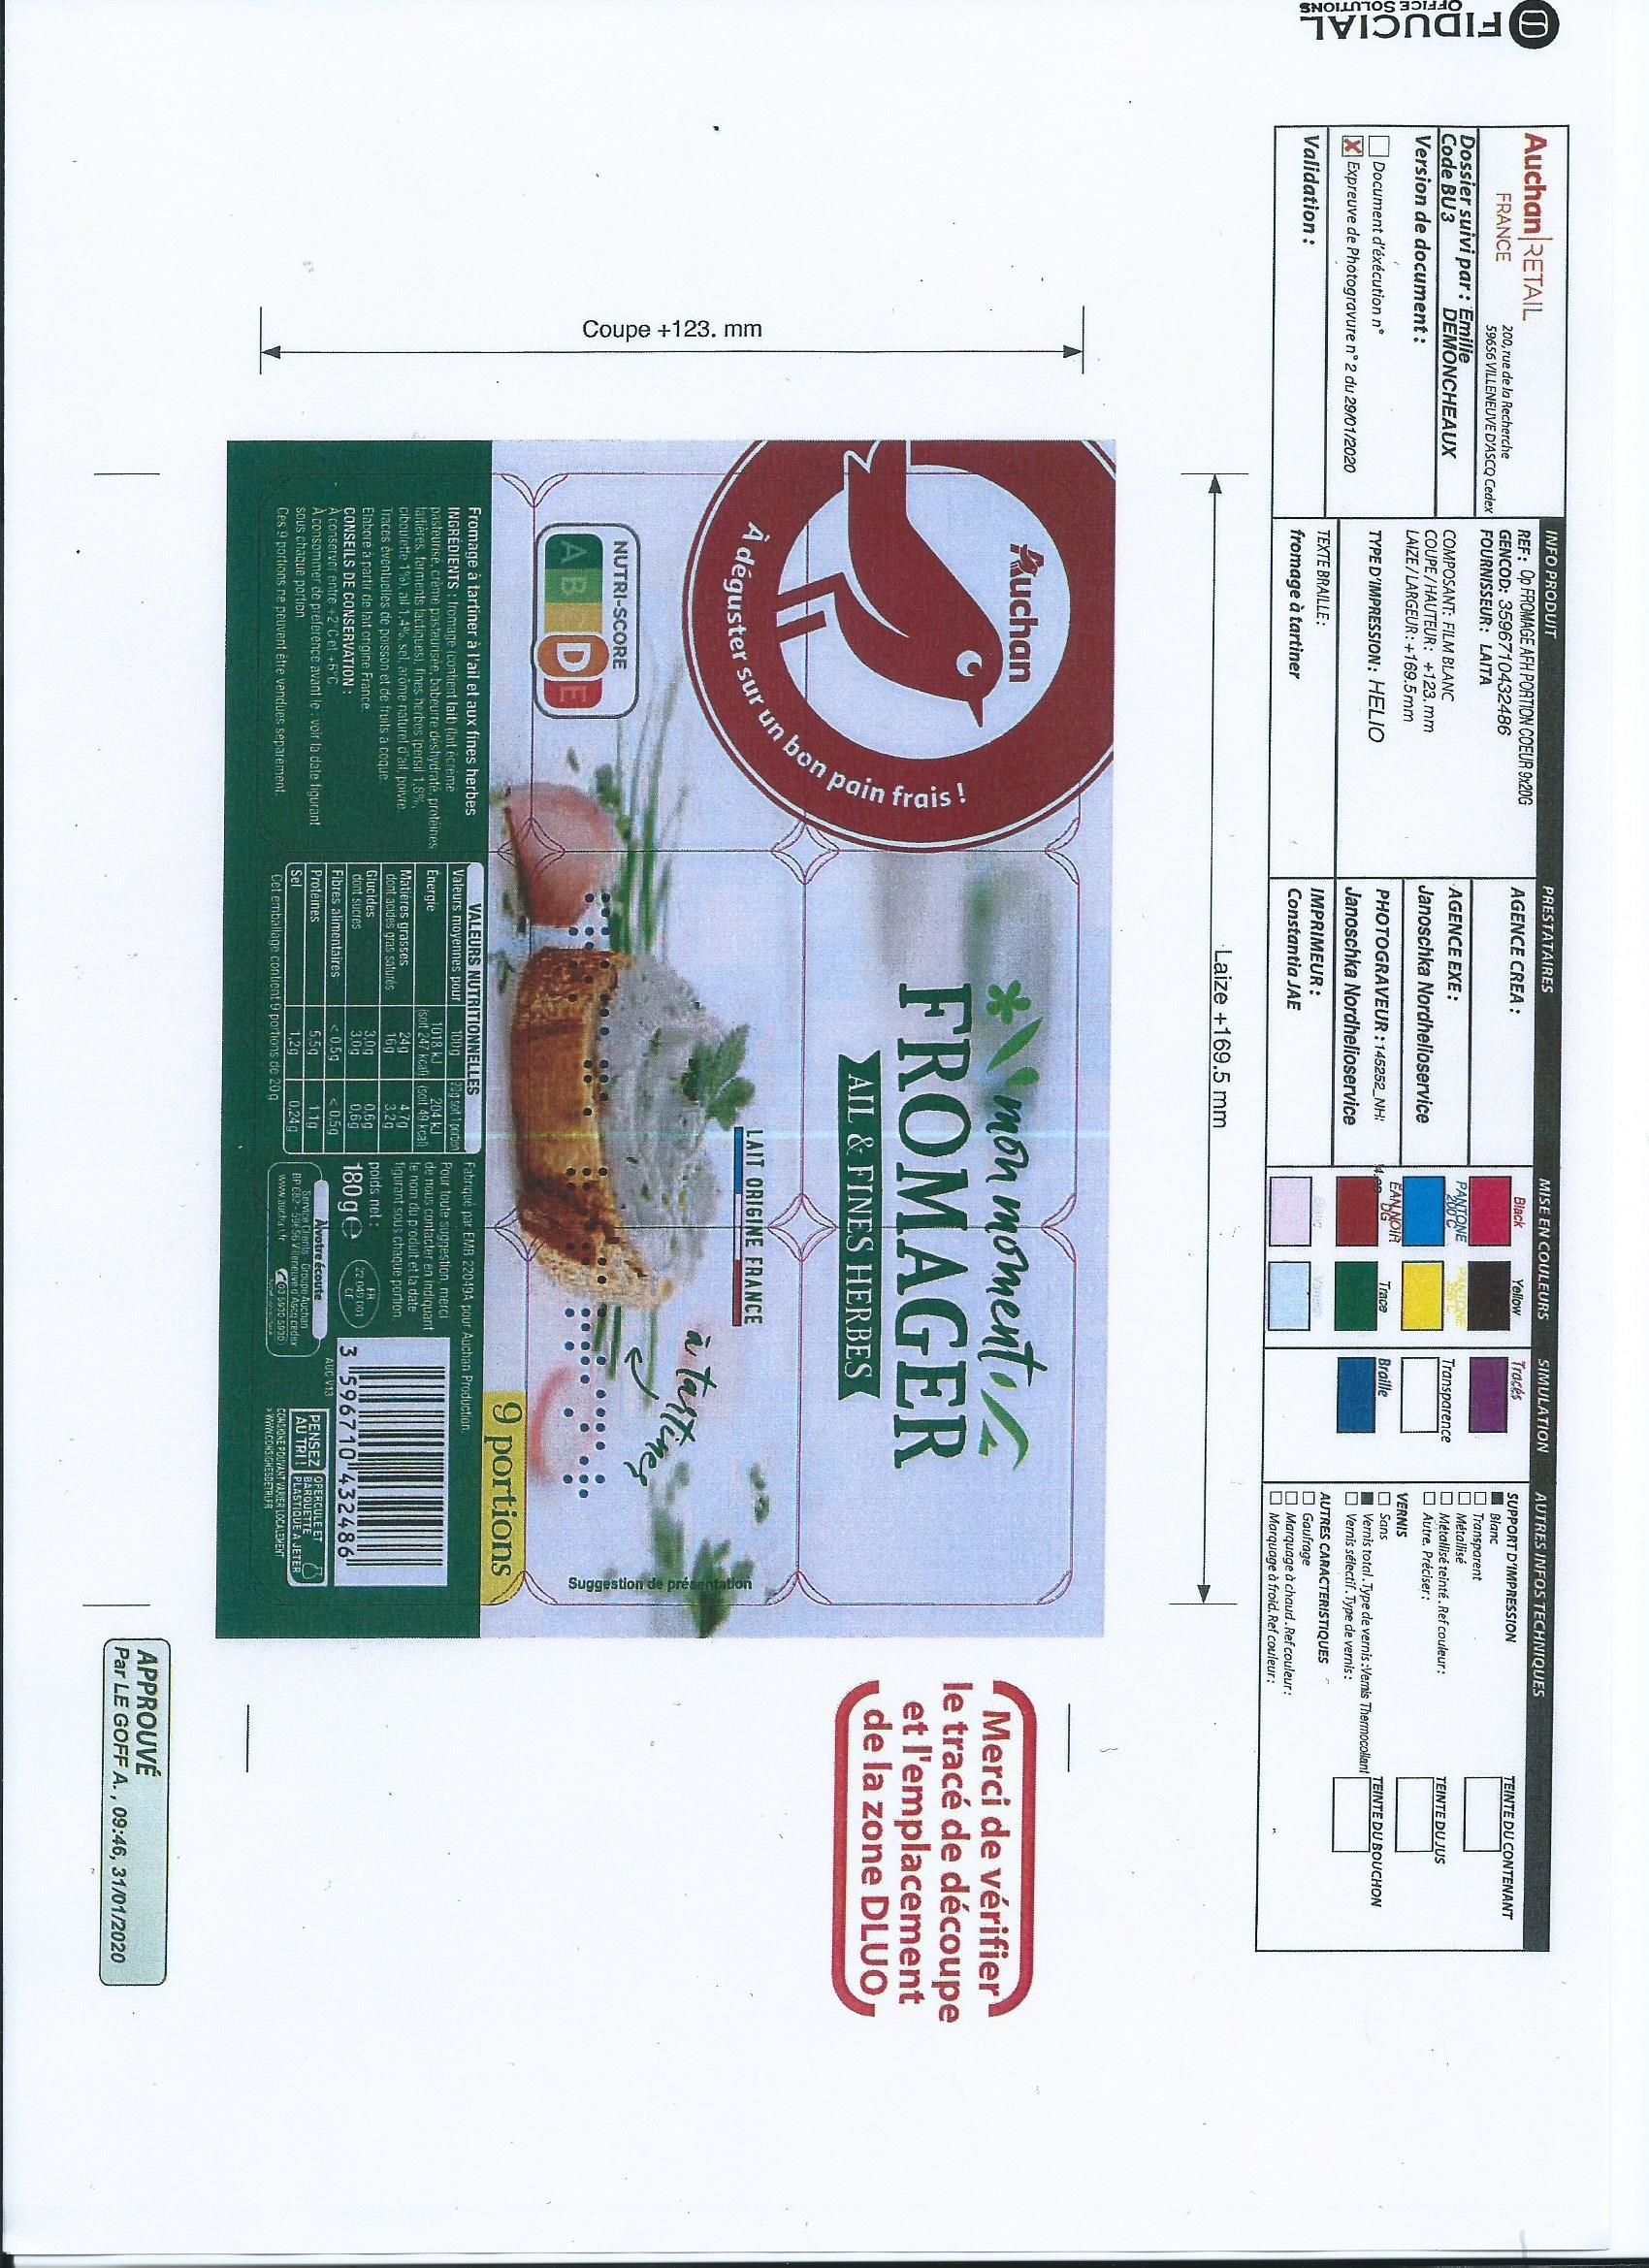
OFIDUCIAL
r un bon pain frais!
Coupe +123. mm
bon
Suggestion de présen
INFO PRODUIT
PRESTATAIRES
MISE EN COULEURS
SIMULATION
AUTRES INFOS TECHNIQUES
Auchan RETAIL
REF: Op FROMAGE AFH PORTION COEUR 9×20G GENCOD: 3596710432486
AGENCE CREA :
Black
Yellow
Traces
SUPPORT D'IMPRESSION I Blanc O Transparent O Métallisé O Métallisé teinté. Ref couleur: O Autre. Préciser:
TEINTE DU CONTENANT
200, rue de la Recherche 59656 VILLENEUVE D'ASCQ Cedex FOURNISSEUR: LAITA
FRANCE
Dossier suivi par: Emilie Code BU 3 Version de document :
AGENCE EXE:
PANTONE 200 C
DEMONCHEAUX
Transparence
COMPOSANT: FILM BLANC COUPE/HAUTEUR: +123. mm LAIZE/ LARGEUR:+169.5mm
TEINTE DU JUS
Janoschka Nordhelioservice
VERNIS O Sans I Vernis total.Type de vernis :Vernis Thermocollant O Vernis sélectif. Type de vernis:
EAN NOIR
Document d'éxécution n°
TYPE D'IMPRESSION: HELIO
PHOTOGRAVEUR:145252_NH:
Trace
Braille
TEINTE DU BOUCHON
XExpreuve de Photogravure n°2 du 29/01/2020
Janoschka Nordhelioservice
AUTRES CARACTERISTIQUES O Gaufrage O Marquage à chaud.Ref couleur: O Marquage à froid. Ref couleur:
TEXTE BRAILLE:
IMPRIMEUR :
Van
Validation:
fromage à tartiner
Constantia JAE
Laize +169.5 mm
mon momenti a FROMAGER
Auchan
Merci de vérifier le tracé de découpe et l'emplacement de la zone DLUO
AIL & FINES HERBES
un sur
LAIT ORIGINE FRANCE
déguster
a tertines
NUTRI-SCORE
AB D
9 portions
VALEURS NUTRITIONNELLES Valeurs moyennes pour
Fromage à tartiner à l'ail et aux fines herbes INGRÉDIENTS : Iromage (contient lait) (lait écréme pasteurisé, crème pasteurisee, babeurre déshydraté, protéines Energie laitières, terments lactiquesi. fines herbes (persil 1,8%, ciboulette 1%), all 1,4%, sel, arome naturel d'ail, poivre Traces évenluclles de poisson et de fruits a coque. Elabore a partir de lait origine France.
Fabriqué par EMB 22049A pour Auchan Production.
20g soit 1 prben 204 kJ
100g 1018 kJ isot 247 kcal (soil 49 kcal 24g 16g 3,0g 3.0g <05g
Pour toute sugnestion, merci de nous contacter en indiquant le nom du produit et la date figurant sous chaque portion.
Matiéres grasses dont acides gras saturés
47g
3,2g
poids net :
Glucides dont sucres
ER (2 040 D01
0.6g
0,6g
180 ge
3 596710"432486'
CONSEILS DE CONSERVATION : A conserver entre +2°C et +6°C A consommer de preference avant le voir la date figurant SOUS chaque portion. Ces 9 portions ne peuvent étre vendues separement.
Fibres alimentaires
<050
AUC V13
Alvotre écoute Service Clents Groupe Auchan BP EB2 - 59ES6 Vileneuve d'AscO cedar
PENSEZIOFERCULE ET BARQUETTE AU TRI ! PLASTIQUE A JETER
Proteines
55g 1,29
11g
Sel
0,24g
www.auctafe
Cet embailage contiont 9 portions de 20g
CONSIONE POUVANY VARIER LOCALEMENT >WNCOHS GHESDETRLFR
APPROUVÉ Par LE GOFF A., 09:46, 31/01/2020